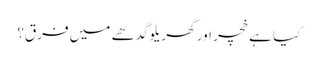
کیا ہے خچر اور گھریلو گدھے میں فرق؟